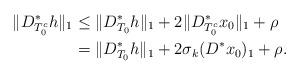
LaTeX: \begin{align*}\|D^*_{T_0^c}h\|_1&\leq\|D^*_{T_0}h\|_1+2\|D^*_{T_0^c}x_0\|_1+\rho\\&=\|D^*_{T_0}h\|_1+2\sigma_k(D^*x_0)_1+\rho.\end{align*}